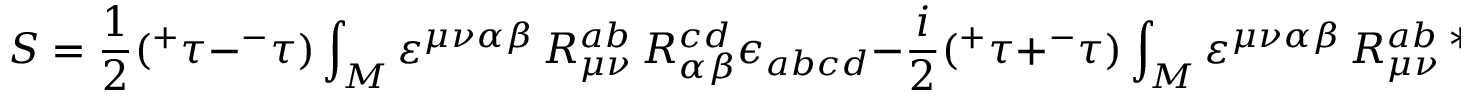
S = \frac 1 2 ( ^ { + } \tau - ^ { - } \tau ) \int _ { M } \varepsilon ^ { \mu \nu \alpha \beta } \, { \cal R } _ { \mu \nu } ^ { a b } \, { \cal R } _ { \alpha \beta } ^ { c d } \epsilon _ { a b c d } - \frac i 2 ( ^ { + } \tau + ^ { - } \tau ) \int _ { M } \varepsilon ^ { \mu \nu \alpha \beta } \, { \cal R } _ { \mu \nu } ^ { a b } \, { ^ { * } { \cal R } } _ { \alpha \beta } ^ { c d } \, \epsilon _ { a b c d } ,